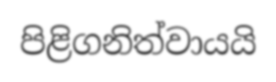
පිළිගනිත්වායයි